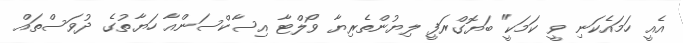
އެއީ ހަމައެކަނި ވީ ކަމަކީ" ބަޔޮގްރަފީ ލިޔުންތެރިޔާ ވޯލްޓާ އިސާކްސަންއާ ހަޔާތުގެ ދުވަސްތައް